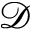
\mathcal { D }